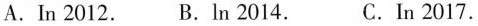
A.In 2012. B.In 2014. C.In 2017.